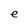
Character: e